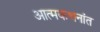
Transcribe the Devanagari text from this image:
आत्मकथनांत